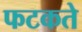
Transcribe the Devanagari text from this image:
फटकते